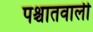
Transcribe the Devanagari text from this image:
पश्चातवाली